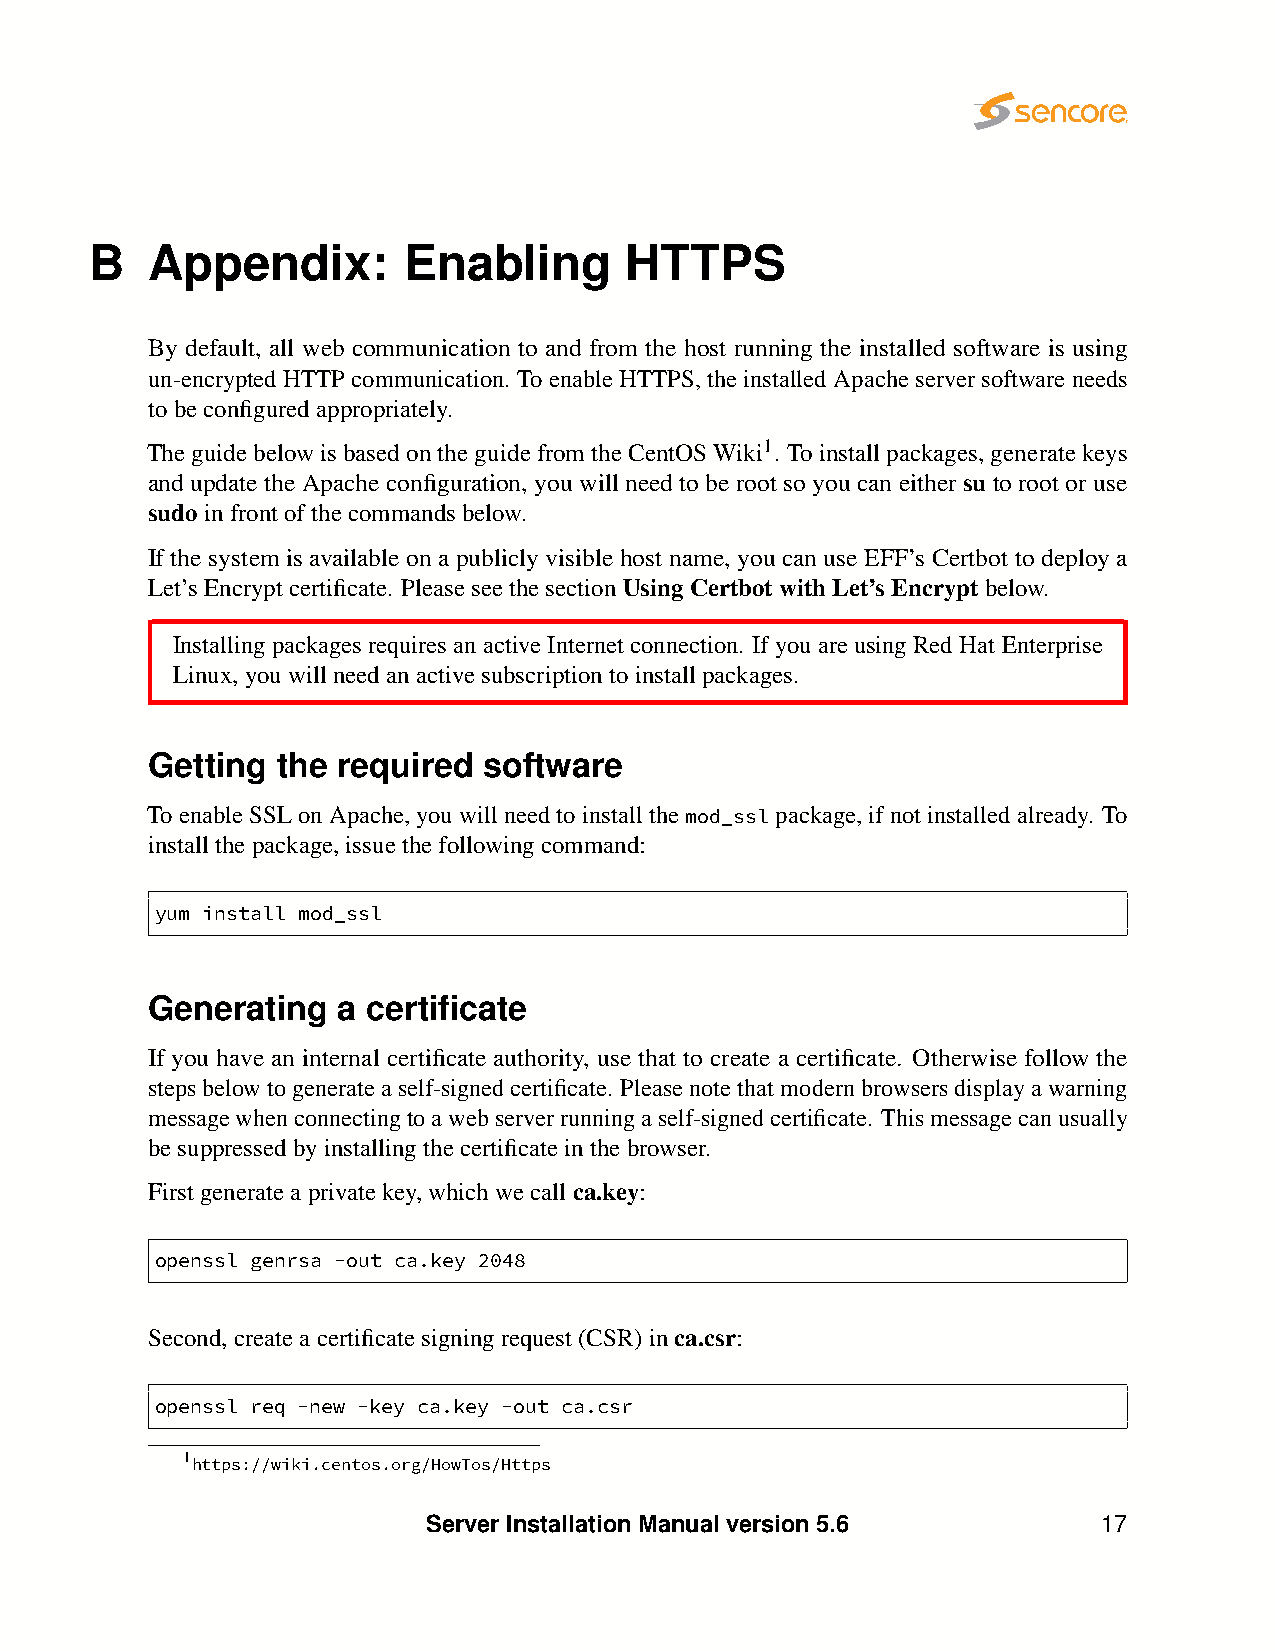
B   Appendix:        Enabling      HTTPS
 By default, all web communication to and from the host running the installed software is using
 un-encryptedHTTPcommunication. ToenableHTTPS,theinstalledApacheserversoftwareneeds
 tobeconfiguredappropriately.
 TheguidebelowisbasedontheguidefromtheCentOSWiki1. Toinstallpackages,generatekeys
 and update the Apache configuration, you will need to be root so you can either su to root or use
 sudoinfrontofthecommandsbelow.
 If the system is available on a publicly visible host name, you can use EFF’s Certbot to deploy a
 Let’sEncryptcertificate. PleaseseethesectionUsingCertbotwithLet’sEncryptbelow.
 Installing packages requires an active Internet connection. If you are using Red Hat Enterprise
 Linux,youwillneedanactivesubscriptiontoinstallpackages.
 Getting the required  software
 ToenableSSLonApache,youwillneedtoinstallthemod_sslpackage,ifnotinstalledalready. To
 installthepackage,issuethefollowingcommand:
 yum install mod_ssl
 Generating  a certificate
 If you have an internal certificate authority, use that to create a certificate. Otherwise follow the
 stepsbelowtogenerateaself-signedcertificate. Pleasenotethatmodernbrowsersdisplayawarning
 messagewhenconnectingtoawebserverrunningaself-signedcertificate. Thismessagecanusually
 besuppressedbyinstallingthecertificateinthebrowser.
 Firstgenerateaprivatekey,whichwecallca.key:
 openssl genrsa -out ca.key 2048
 Second,createacertificatesigningrequest(CSR)inca.csr:
 openssl req -new -key ca.key -out ca.csr
 1https://wiki.centos.org/HowTos/Https
 Server Installation Manual version 5.6       17